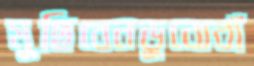
মুছিবেনডুবোবাঁ